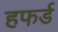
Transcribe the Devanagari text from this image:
हफर्ड